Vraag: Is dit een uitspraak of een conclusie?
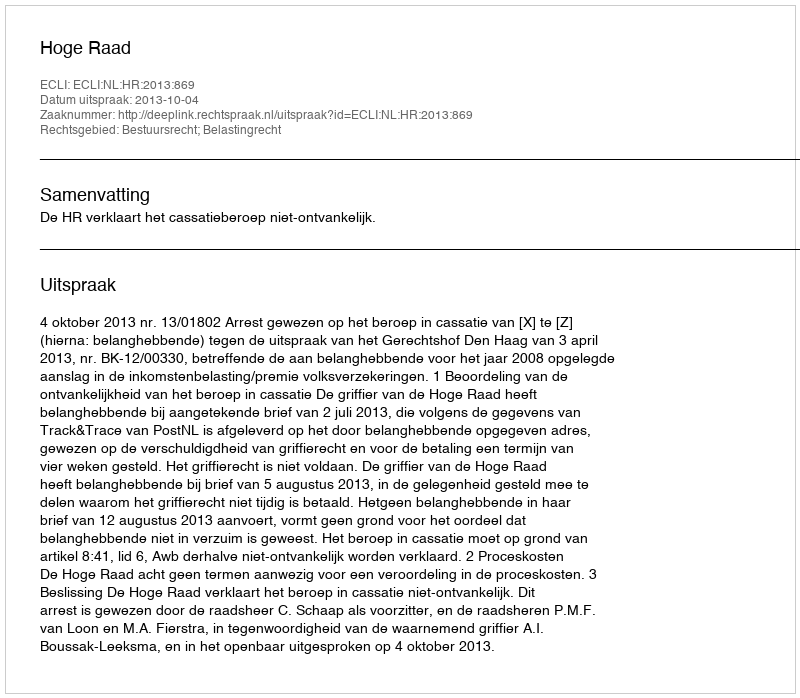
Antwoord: Uitspraak